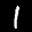
Label: 1